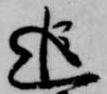
追